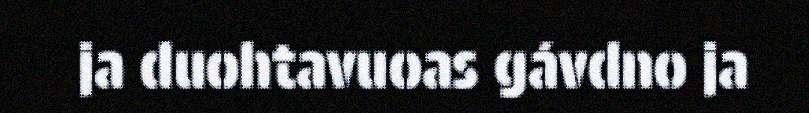
ja duohtavuoas gávdno ja